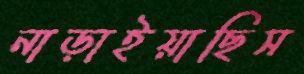
নাড়াইয়াছিস